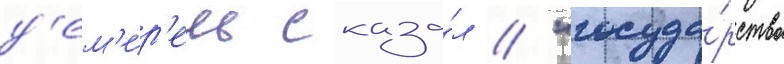
д'ем'ир'ель сказа́л // "госуда́рство